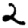
Digit: 2